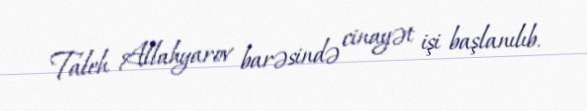
Taleh Allahyarov barəsində cinayət işi başlanılıb.